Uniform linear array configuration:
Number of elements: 64
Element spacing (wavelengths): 0.5
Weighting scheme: uniform
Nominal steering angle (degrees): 15
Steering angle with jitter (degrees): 13.075
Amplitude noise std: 0.05
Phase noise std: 0.05

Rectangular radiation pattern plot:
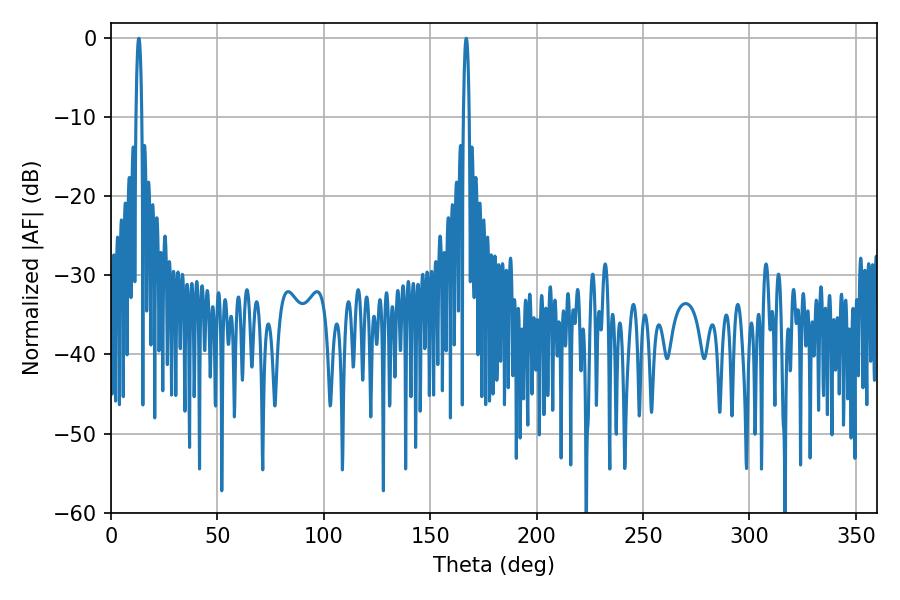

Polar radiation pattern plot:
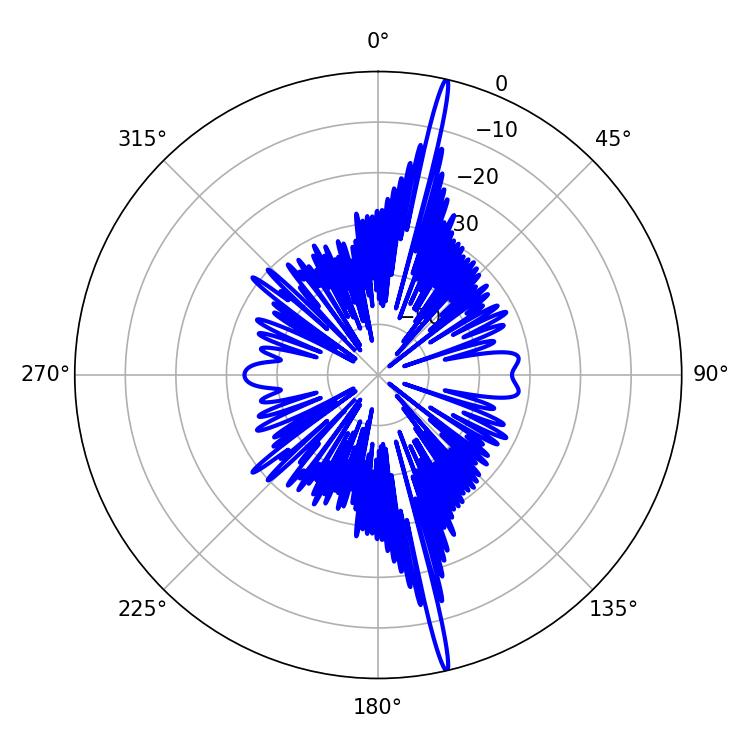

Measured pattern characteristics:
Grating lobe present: FALSE
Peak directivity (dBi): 21.39
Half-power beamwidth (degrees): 1.44
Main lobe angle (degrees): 13.14